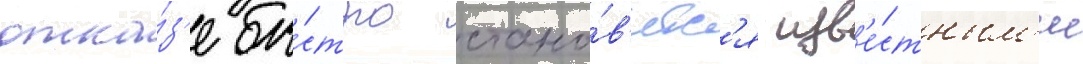
отка́з'е бы́стро стано́в'ятс'я изв'е́стным'и